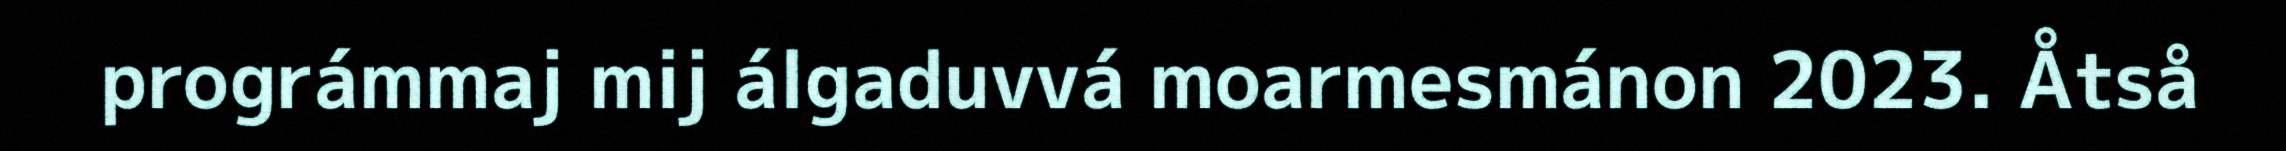
prográmmaj mij álgaduvvá moarmesmánon 2023. Åtså